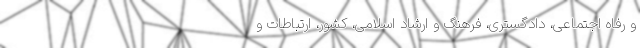
و رفاه اجتماعی، دادگستری، فرهنگ و ارشاد اسلامی، کشور، ارتباطات و